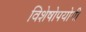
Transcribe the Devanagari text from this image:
विशेषोपयोगी